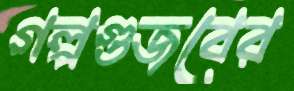
গল্পগুজবের